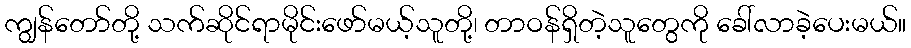
ကျွန်တော်တို့ သက်ဆိုင်ရာမိုင်းဖော်မယ့်သူတို့၊ တာဝန်ရှိတဲ့သူတွေကို ခေါ်လာခဲ့ပေးမယ်။